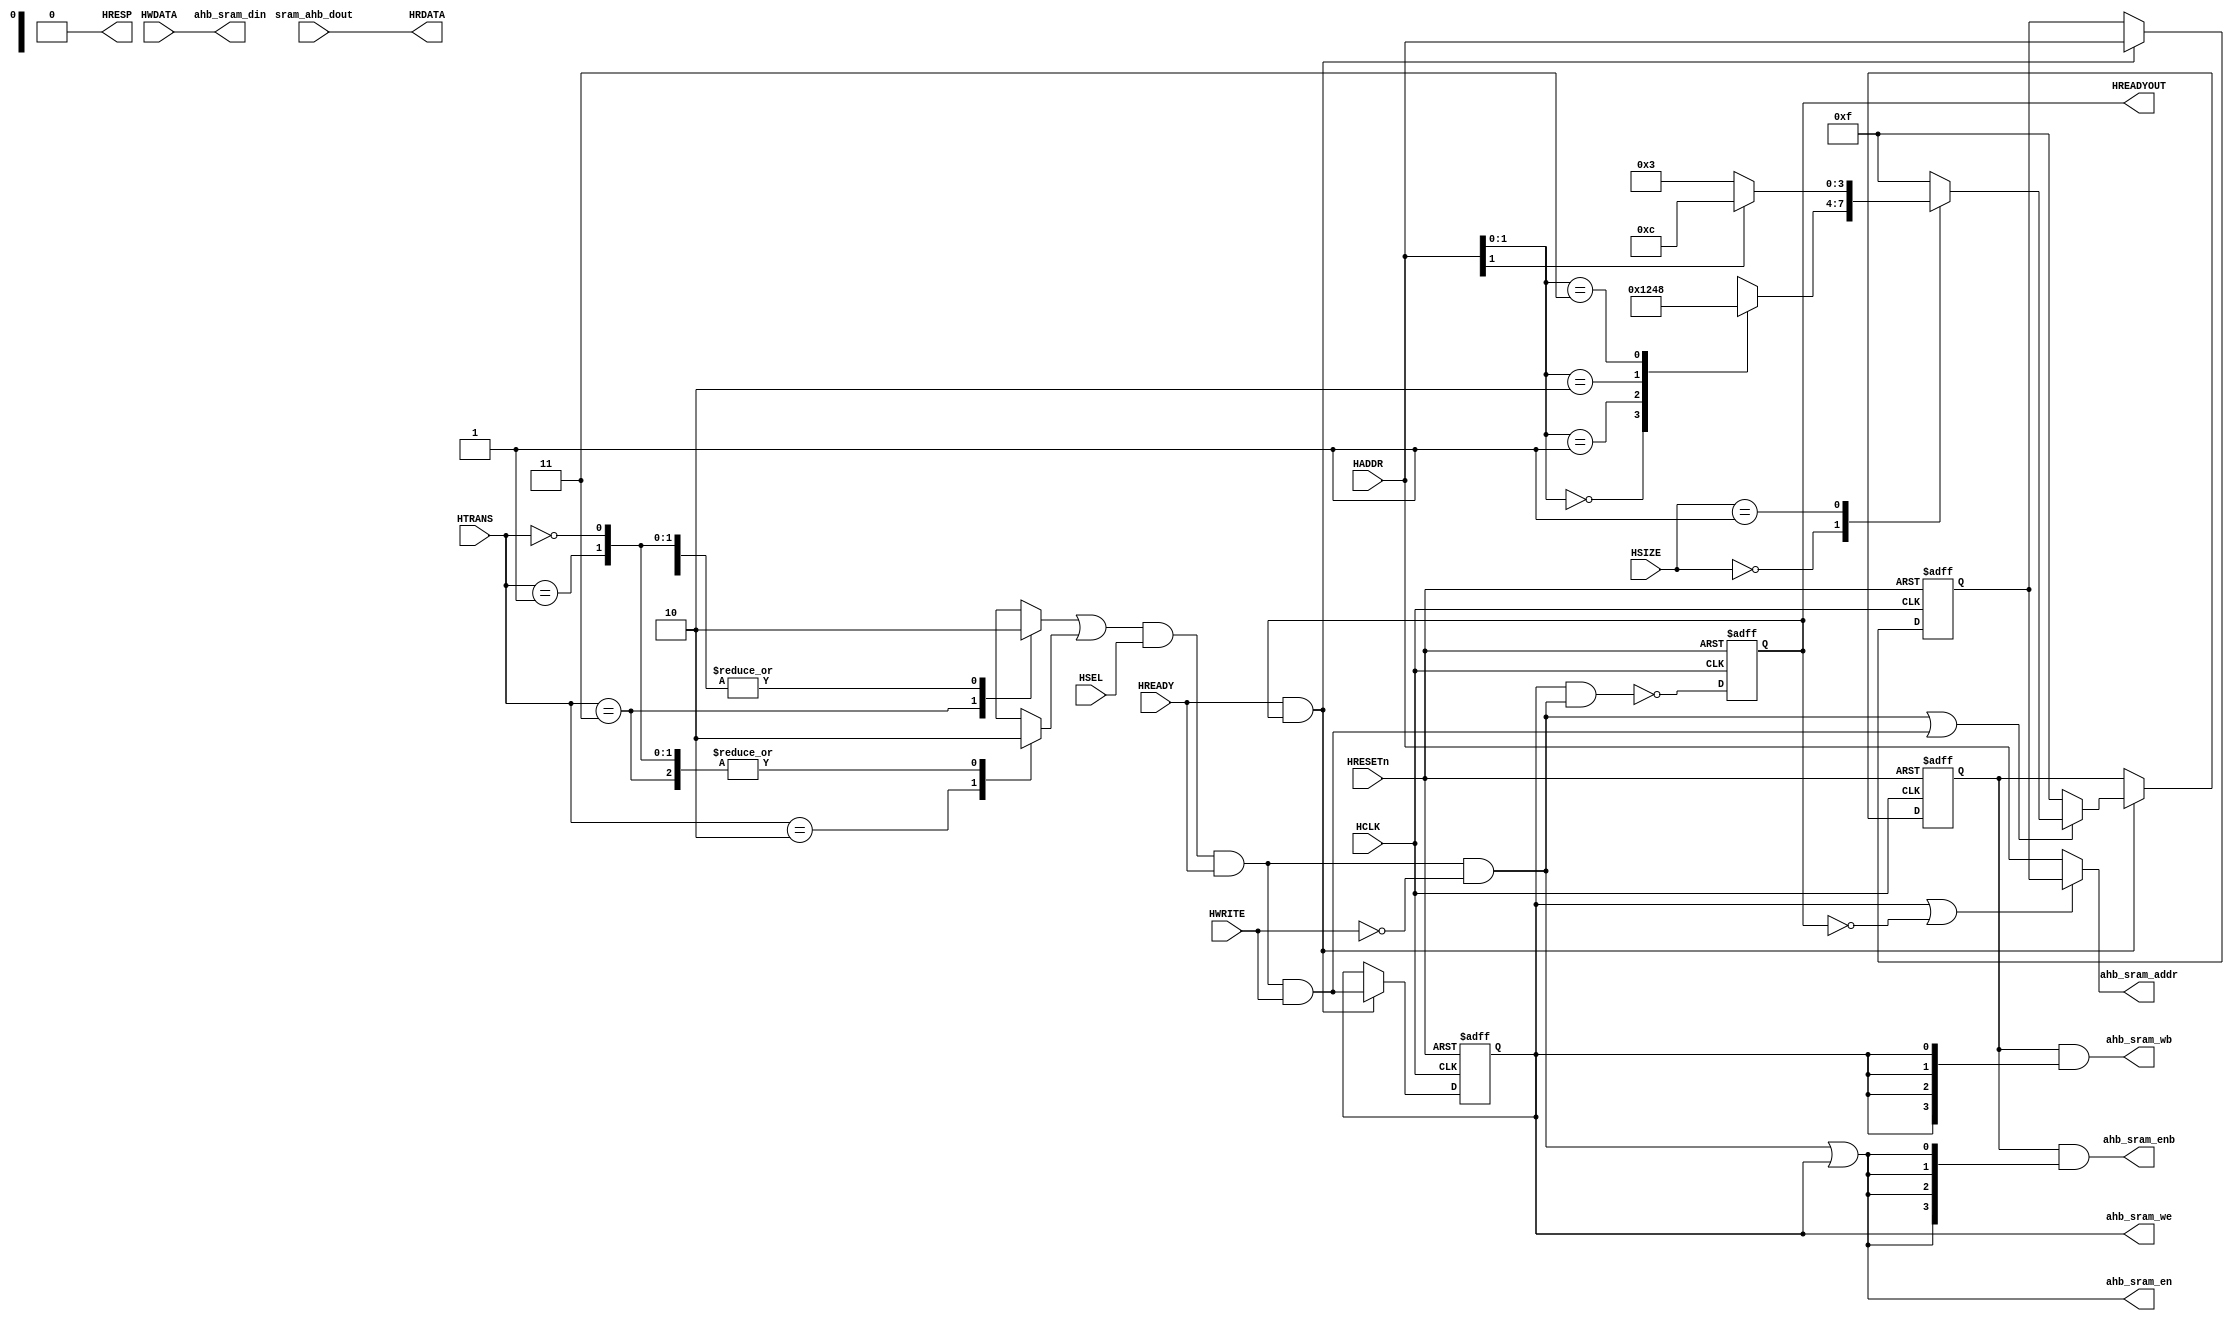
//****************************************************************************/
//  AMBA Components
//  RTL IMPLEMENTATION, Synchronous Version
//
//  Copyright (C) yyyy  Ronan Barzic - rbarzic@gmail.com
//
//  This program is free software; you can redistribute it and/or
//  modify it under the terms of the GNU General Public License
//  as published by the Free Software Foundation; either version 2
//  of the License, or (at your option) any later version.
//
//  This program is distributed in the hope that it will be useful,
//  but WITHOUT ANY WARRANTY; without even the implied warranty of
//  MERCHANTABILITY or FITNESS FOR A PARTICULAR PURPOSE.  See the
//  GNU General Public License for more details.
//
//  You should have received a copy of the GNU General Public License
//  along with this program; if not, write to the Free Software
//  Foundation, Inc., 51 Franklin Street, Fifth Floor, Boston,MA 02110-1301,USA.
//
//
//
//  Description     :   A simple AHB to Synchronous SRAM interface
//                      AHB interface is modeled according to cmsdk_ahb_ram_beh.v
//
//
//****************************************************************************/



module ahb_to_ssram (/*AUTOARG*/
   // Outputs
   HREADYOUT, HRDATA, HRESP, ahb_sram_addr, ahb_sram_en, ahb_sram_enb,
   ahb_sram_wb, ahb_sram_we, ahb_sram_din,
   // Inputs
   HCLK, HRESETn, HSEL, HADDR, HTRANS, HSIZE, HWRITE, HWDATA, HREADY,
   sram_ahb_dout
   );


   parameter AW = 12;

// `include "ahb_params.v"

   localparam AHB_ADDRESS_PHASE = 1;
   localparam AHB_DATA_PHASE    = 2;
   localparam AHB_IDLE_PHASE    = 0;


   // AHB interface

   input  wire HCLK;    // Clock
   input  wire HRESETn; // Reset
   input  wire HSEL;    // Device select
   input  wire [AW-1:0] HADDR;   // Address
   input  wire [1:0]    HTRANS;  // Transfer control
   input  wire [2:0]    HSIZE;   // Transfer size
   input  wire          HWRITE;  // Write control
   input  wire [31:0]   HWDATA;  // Write data
   input  wire          HREADY;  // Transfer phase done
   output reg           HREADYOUT; // Device ready
   output wire [31:0]   HRDATA;    // Read data output
   output wire          HRESP;     // Device response (always OKAY)


   // Synchronous SRAM connections
   output [AW-1:0]      ahb_sram_addr;
   output               ahb_sram_en;
   output [3:0]         ahb_sram_enb;
   output [3:0]         ahb_sram_wb;
   output               ahb_sram_we;
   input [31:0]         sram_ahb_dout;
   output [31:0]        ahb_sram_din;




   reg [3:0]           byte_sel_a;
   reg [3:0]           byte_sel_r;
   reg data_phase_r;
   reg write_en_r;
   reg [AW-1:0] haddr_r;




   wire         active_cycle;
   wire         read_valid;
   wire         write_valid;
   wire         rw_cycle;



   /*AUTOINPUT*/
   /*AUTOOUTPUT*/

   /*AUTOREG*/
   /*AUTOWIRE*/



   //assign seq_cycle  = (HTRANS[1:0] == AMBA_AHB_HTRANS_SEQ[1:0]);
   //assign nonseq_cycle  = (HTRANS[1:0] ==AMBA_AHB_HTRANS_NONSEQ);
   //
   //
   //assign busy_cycle = (HTRANS==AMBA_AHB_HTRANS_BUSY);
   //assign idle_cycle = (HTRANS==AMBA_AHB_HTRANS_IDLE);

   reg                  seq_cycle;
   reg                  nonseq_cycle;
   reg                  busy_cycle;
   reg                  idle_cycle;


   always @* begin
      seq_cycle = 0;
      nonseq_cycle = 0;

      busy_cycle   = 0;
      idle_cycle   = 0;

      case(HTRANS[1:0])
        2'b11 : begin
           seq_cycle = 1'b1;

        end
        2'b10 : begin
           nonseq_cycle = 1'b1;
        end
        2'b01 : begin
           busy_cycle = 1'b1;
        end
        2'b00 : begin
           idle_cycle = 1'b1;
        end
      endcase
   end

   assign active_cycle = seq_cycle || nonseq_cycle;
   assign read_valid  = active_cycle & HSEL & HREADY & (~HWRITE);
   assign write_valid = active_cycle & HSEL & HREADY & HWRITE;
   assign rw_cycle = read_valid | write_valid;

   always @(/*AUTOSENSE*/HADDR or HSIZE or rw_cycle) begin
      /*AUTO_CONSTANT (  AMBA_AHB_HSIZE_16BITS AMBA_AHB_HSIZE_32BITS  AMBA_AHB_HSIZE_8BITS) */
      byte_sel_a = 4'b1111;
      if (rw_cycle) begin
         case(HSIZE[2:0])
           3'b000 : begin
              case(HADDR[1:0])
                0 : begin
                   byte_sel_a = 4'b0001;
                end
                1 : begin
                   byte_sel_a = 4'b0010;
                end
                2 : begin
                   byte_sel_a = 4'b0100;
                end
                3 : begin
                   byte_sel_a = 4'b1000;
                end
                default: begin
                end

              endcase
           end
           3'b001 : begin
              byte_sel_a = HADDR[1] ? 4'b1100 : 4'b0011;
           end
           3'b010 : begin
              byte_sel_a = 4'b1111;
           end
           default: begin
              byte_sel_a = 4'b1111;
           end
         endcase
      end
   end



   always @(posedge HCLK or negedge HRESETn) begin
      if(HRESETn == 1'b0) begin
         /*AUTORESET*/
         // Beginning of autoreset for uninitialized flops
         byte_sel_r <= 4'h0;
         haddr_r <= {AW{1'b0}};
         write_en_r <= 1'h0;
         // End of automatics

      end
      else begin
         if(HREADY && HREADYOUT) begin
            byte_sel_r <= byte_sel_a;
            write_en_r <= write_valid;
            haddr_r    <= HADDR; // Could be optimize (?)
         end


      end
   end

   always @(posedge HCLK or negedge HRESETn) begin
      if(HRESETn == 1'b0) begin
         HREADYOUT <= 1'b1;

         /*AUTORESET*/
      end
      else begin
         HREADYOUT <= !(write_en_r & read_valid);
      end
   end






   assign ahb_sram_addr = write_en_r | ~HREADYOUT ? haddr_r : HADDR;
   assign ahb_sram_en   = read_valid | write_en_r;
   assign ahb_sram_we   = write_en_r;

   // Write cycle followed by a read cycle -> we must wait

   assign ahb_sram_wb  = byte_sel_r & {4{write_en_r}};
   assign ahb_sram_enb = byte_sel_r & {4{ahb_sram_en}};

   assign ahb_sram_din = HWDATA;
   assign HRDATA  = sram_ahb_dout;
   assign HRESP     = 1'b0;

endmodule // ahb_to_ssram
/*
 Local Variables:
 verilog-library-directories:(
 "."
 )
 End:
 */